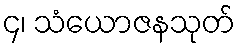
၄၊ သံယောဇနသုတ်